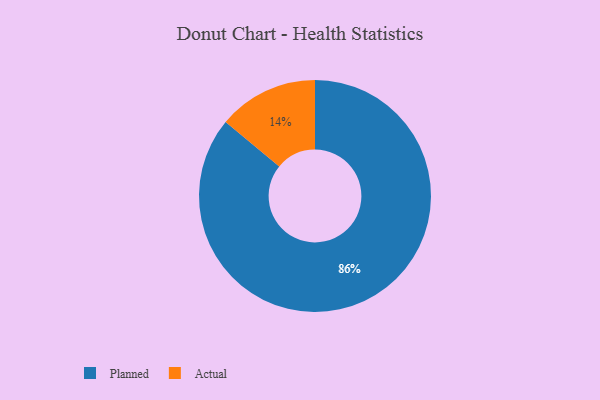
{"axis": {"x": "Category", "y": "Percentage"}, "legend": ["Actual", "Planned"], "data": [{"x": "Planned", "y": 86, "type": "Planned"}, {"x": "Actual", "y": 14, "type": "Actual"}]}